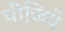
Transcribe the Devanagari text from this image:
पीजिये